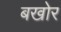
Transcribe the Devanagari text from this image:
बखोर